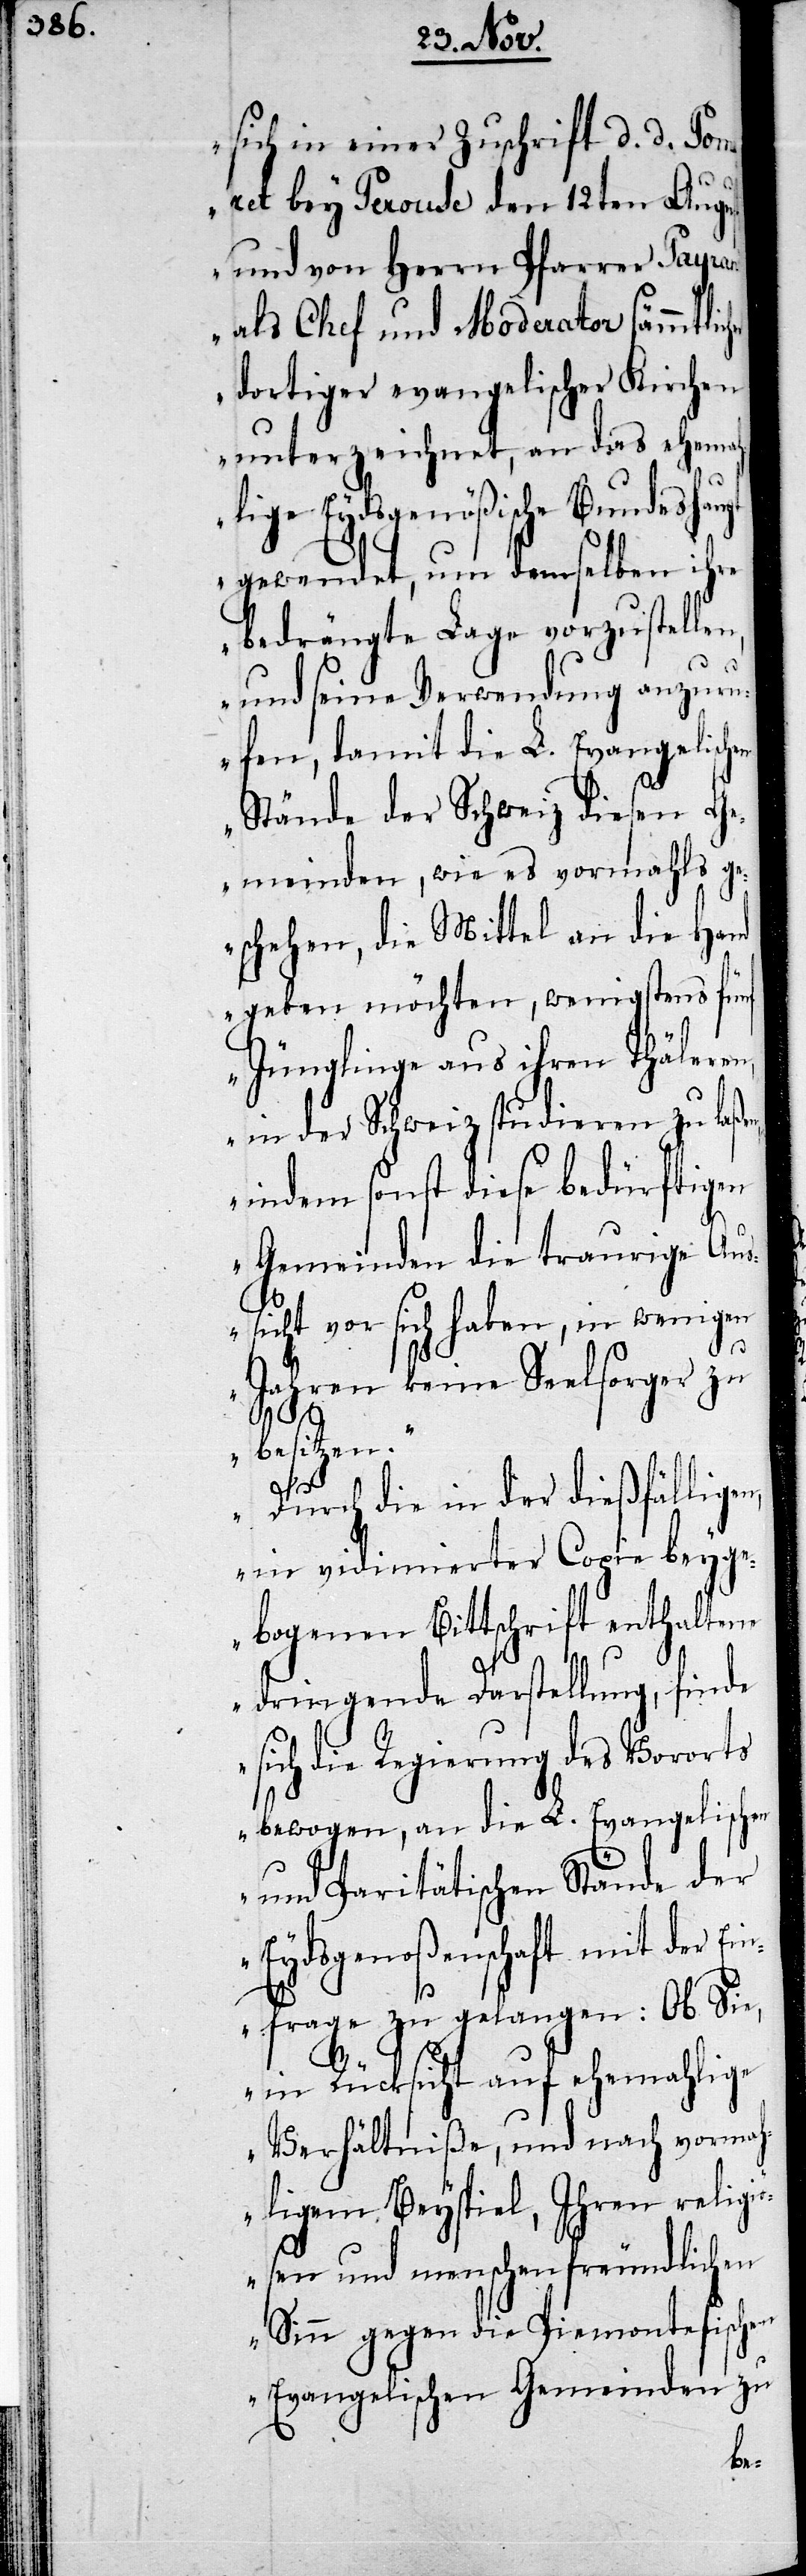
sich in einer Zuschrift d. d. Pom¬
aret bey Perouse den 12ten Augu¬
und von Herrn Pfarrer Payran
als Chef und Moderator sämmtli¬
dortiger evangelischer Kirchen
unterzeichnet, an das ehemah¬
lige Eydsgenößische Bundesh¬
gewendet, um demselben ihre
bedrängte Lage vorzustelle¬
n, und seine Verwendung anzuru¬
fen, damit die L. Evangelisch¬
Stände der Schweiz diesen Ge¬
meinden, wie es vormahls ge¬
schehen, die Mittel an die Hand
geben möchten, wenigstens fünf
Jünglinge aus ihren Thäleren,
in der Schweiz studieren zu l¬
indem sonst diese bedürftigen
Gemeinden die traurige Aus¬
sicht vor sich haben, in wenigen
Jahren keine Seelsorger zu
en
besitzen.
aßen,
Durch die in der dießfälligen,
in vidimierter Copie beyge¬
bogenen Bittschrift enthaltene
st,
dringende Darstellung, finde
sich die Regierung des Vororts
bewogen, an die L. Evangelischen
und Paritätischen Stände der
Eydsgenoßenschaft mit der Ei¬
nfrage zu gelangen: Ob Sie,
in Rücksicht auf ehemahlige
Verhältniße, und nach vormah¬
ligem Beyspiel, Ihren religi¬
ösen und menschenfreundlichen
Sinn gegen die Piemontesischen
Evangelischen Gemeinden zu